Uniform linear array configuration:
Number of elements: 64
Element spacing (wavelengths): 0.25
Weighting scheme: kaiser
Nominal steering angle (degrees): -30
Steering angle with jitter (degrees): -31.634
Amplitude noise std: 0.05
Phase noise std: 0.05

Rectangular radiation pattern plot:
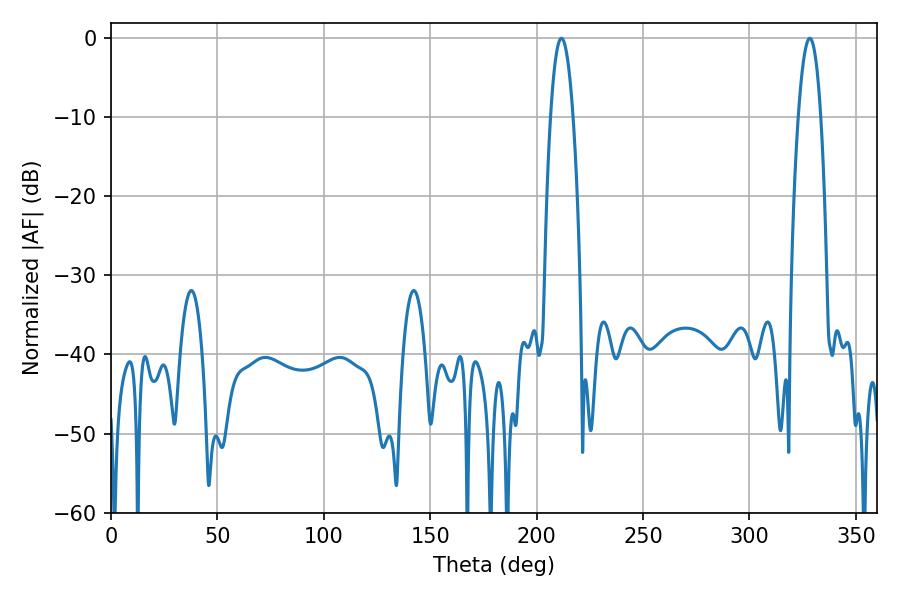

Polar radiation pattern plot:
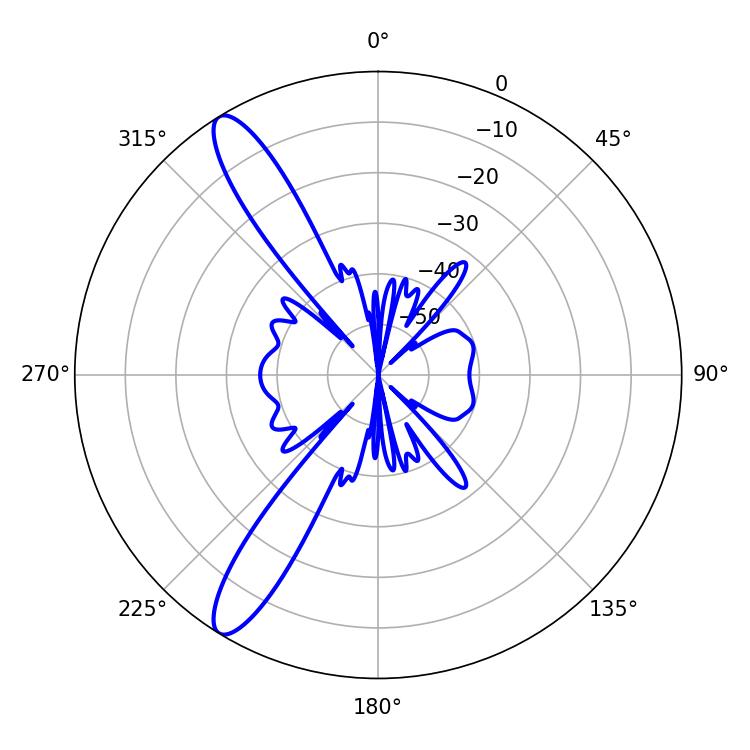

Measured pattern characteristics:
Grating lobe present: FALSE
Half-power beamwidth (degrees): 5.76
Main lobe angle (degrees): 328.32